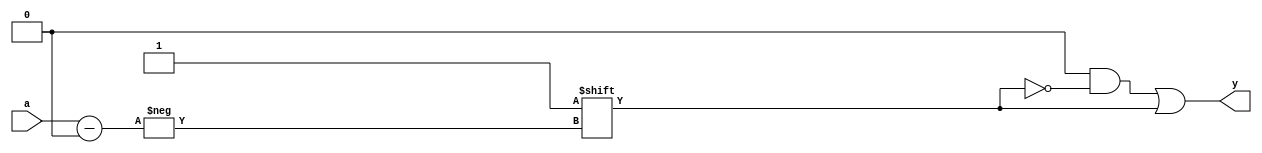
`timescale 1ns/1ps

module decoder #(parameter N=3) 
		(input [N:0] a,
      		 output reg [2**(N+1)-1:0] y);

   always @(*)
     begin
	y    = 0;
	y[a] = 1;
     end

endmodule // decoder